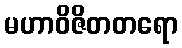
မဟာဝိဇိတတရော